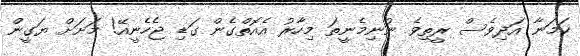
ކަމަނާ އަދިވެސް ރީތިވެ ނުނިމެނީތަ މިހާރު އެއޮތްގެން ގަޑި ޖެހެނީއޭ! މަށަށް ޔަގީން